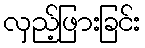
လှည့်ဖြားခြင်း